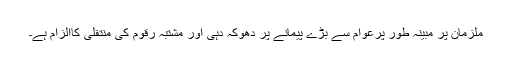
ملزمان پر مبینہ طور پرعوام سے بڑے پیمانے پر دھوکہ دہی اور مشتبہ رقوم کی منتقلی کاالزام ہے۔